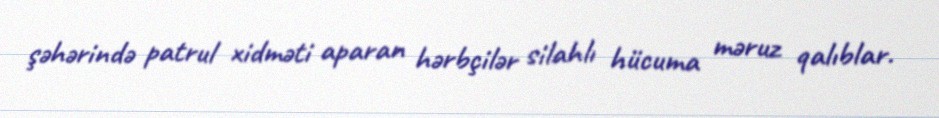
şəhərində patrul xidməti aparan hərbçilər silahlı hücuma məruz qalıblar.